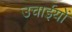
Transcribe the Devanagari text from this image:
उचाईयों